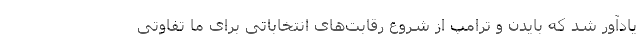
یادآور شد که بایدن و ترامپ از شروع رقابت‌های انتخاباتی برای ما تفاوتی